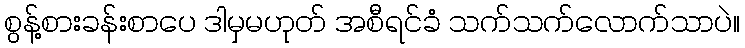
စွန့်စားခန်းစာပေ ဒါမှမဟုတ် အစီရင်ခံ သက်သက်လောက်သာပဲ။